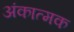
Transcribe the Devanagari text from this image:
अंकात्मक